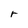
Character: r